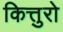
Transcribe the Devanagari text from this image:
कित्तुरो